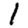
Digit: 1